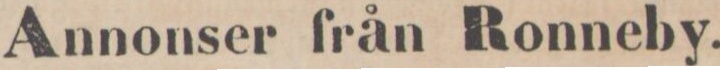
Annonser från Ronneby.